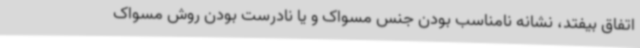
اتفاق بیفتد، نشانه نامناسب بودن جنس مسواک و یا نادرست بودن روش مسواک